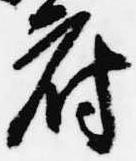
府